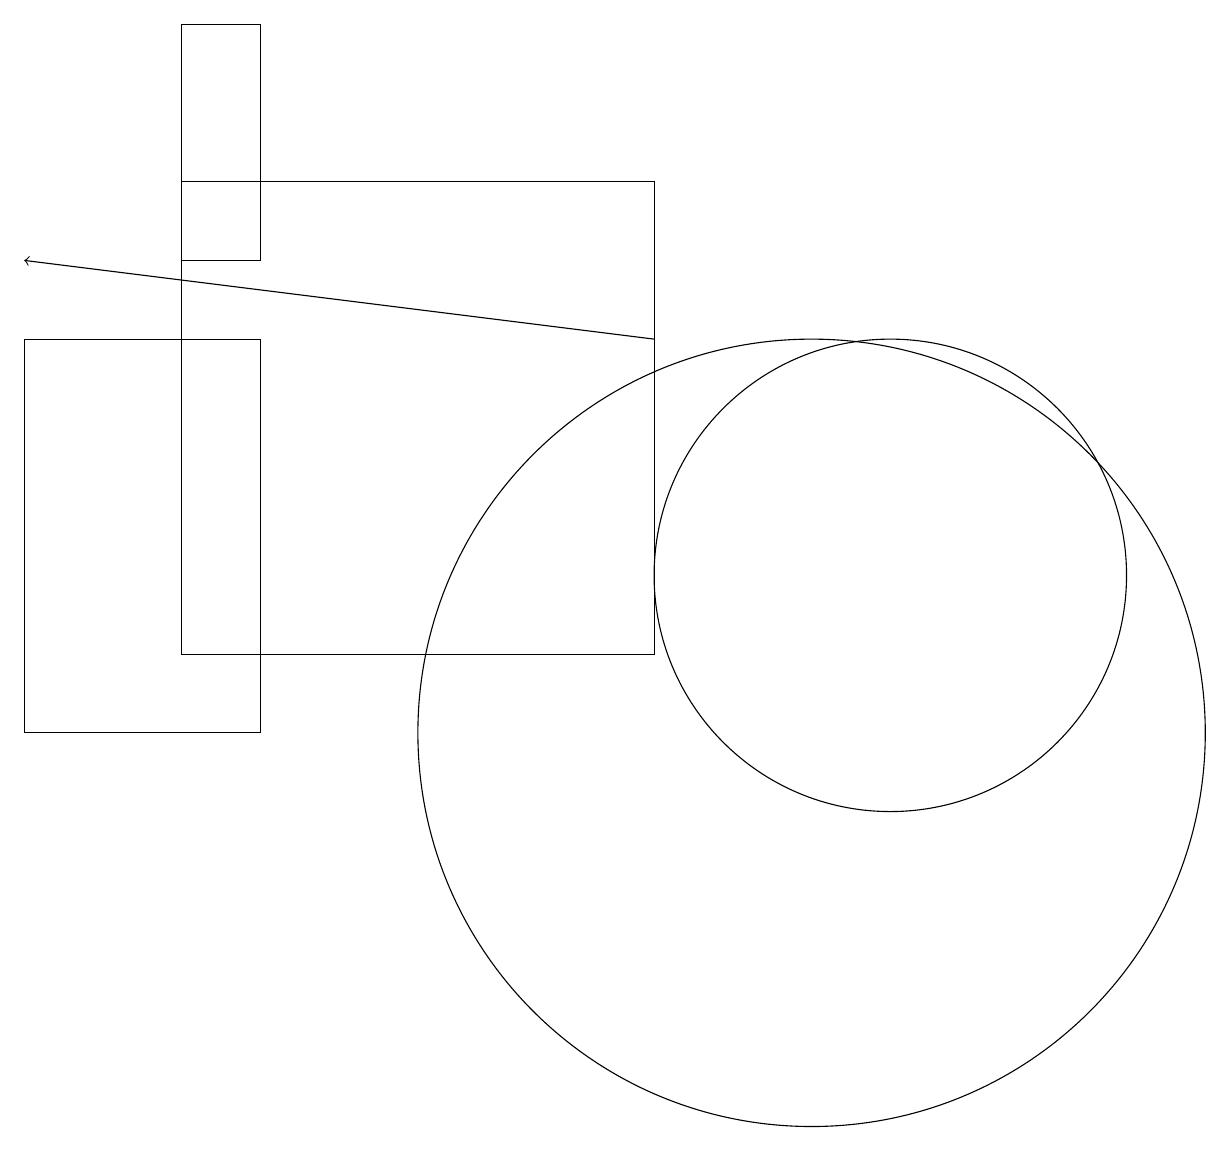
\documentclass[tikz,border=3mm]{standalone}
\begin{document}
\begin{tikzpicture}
\draw (2,16) rectangle (3,19);
\draw (0,10) rectangle (3,15);
\draw[->] (8,15) -- (0,16);
\draw (8,17) rectangle (2,11);
\draw (10,10) circle (5);
\draw (11,12) circle (3);
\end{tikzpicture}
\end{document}